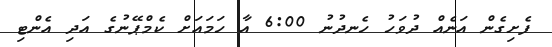
ފެށިގެން އަނެއް ދުވަހު ހެނދުނު 6:00 އާ ހަމައަށް ކެމްޕޭނުގެ އަދި އެންޓި